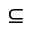
\subseteq